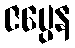
ဇပ္ပေန